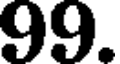
99.